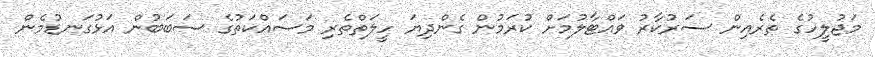
މަޖުލީހުގެ ތެރެއިން ސަރުކާރު ވައްޓާލުމަށް ކުރަމުން ގެންދިޔަ ހީލަތްތެެރި މަސައްކަތުގެ ސަބަބުން އަޅުގަނޑުމެން